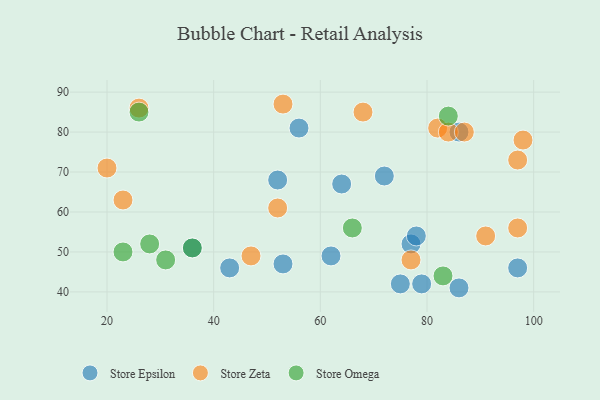
{"axis": {"x": "GDP", "y": "Life Expectancy"}, "legend": ["Store Epsilon", "Store Omega", "Store Zeta"], "data": [{"x": "53", "y": 47, "type": "Store Epsilon"}, {"x": "97", "y": 46, "type": "Store Epsilon"}, {"x": "43", "y": 46, "type": "Store Epsilon"}, {"x": "72", "y": 69, "type": "Store Epsilon"}, {"x": "62", "y": 49, "type": "Store Epsilon"}, {"x": "86", "y": 41, "type": "Store Epsilon"}, {"x": "52", "y": 68, "type": "Store Epsilon"}, {"x": "64", "y": 67, "type": "Store Epsilon"}, {"x": "86", "y": 80, "type": "Store Epsilon"}, {"x": "77", "y": 52, "type": "Store Epsilon"}, {"x": "56", "y": 81, "type": "Store Epsilon"}, {"x": "36", "y": 51, "type": "Store Epsilon"}, {"x": "79", "y": 42, "type": "Store Epsilon"}, {"x": "78", "y": 54, "type": "Store Epsilon"}, {"x": "75", "y": 42, "type": "Store Epsilon"}, {"x": "20", "y": 71, "type": "Store Zeta"}, {"x": "23", "y": 63, "type": "Store Zeta"}, {"x": "97", "y": 56, "type": "Store Zeta"}, {"x": "52", "y": 61, "type": "Store Zeta"}, {"x": "53", "y": 87, "type": "Store Zeta"}, {"x": "98", "y": 78, "type": "Store Zeta"}, {"x": "77", "y": 48, "type": "Store Zeta"}, {"x": "82", "y": 81, "type": "Store Zeta"}, {"x": "84", "y": 80, "type": "Store Zeta"}, {"x": "97", "y": 73, "type": "Store Zeta"}, {"x": "87", "y": 80, "type": "Store Zeta"}, {"x": "68", "y": 85, "type": "Store Zeta"}, {"x": "91", "y": 54, "type": "Store Zeta"}, {"x": "26", "y": 86, "type": "Store Zeta"}, {"x": "47", "y": 49, "type": "Store Zeta"}, {"x": "28", "y": 52, "type": "Store Omega"}, {"x": "36", "y": 51, "type": "Store Omega"}, {"x": "83", "y": 44, "type": "Store Omega"}, {"x": "23", "y": 50, "type": "Store Omega"}, {"x": "66", "y": 56, "type": "Store Omega"}, {"x": "31", "y": 48, "type": "Store Omega"}, {"x": "84", "y": 84, "type": "Store Omega"}, {"x": "26", "y": 85, "type": "Store Omega"}]}